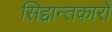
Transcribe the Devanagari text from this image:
सिद्दान्तकारों